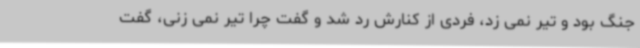
جنگ بود و تیر نمی زد، فردی از کنارش رد شد و گفت چرا تیر نمی زنی، گفت